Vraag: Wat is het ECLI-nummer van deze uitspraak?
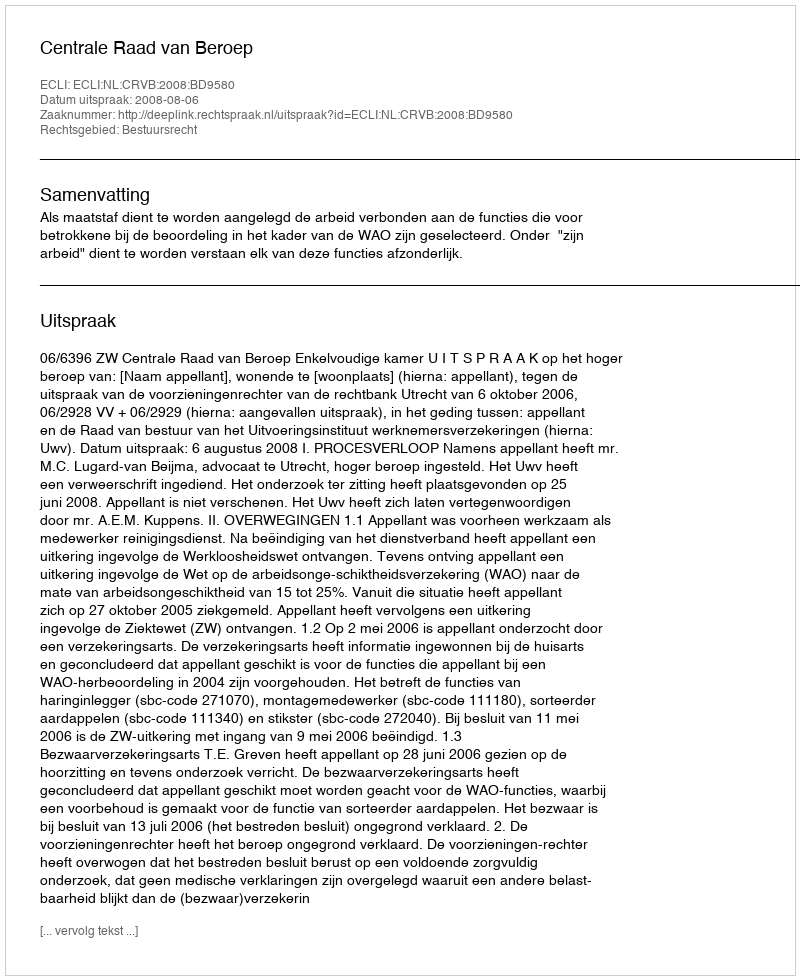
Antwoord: ECLI:NL:CRVB:2008:BD9580